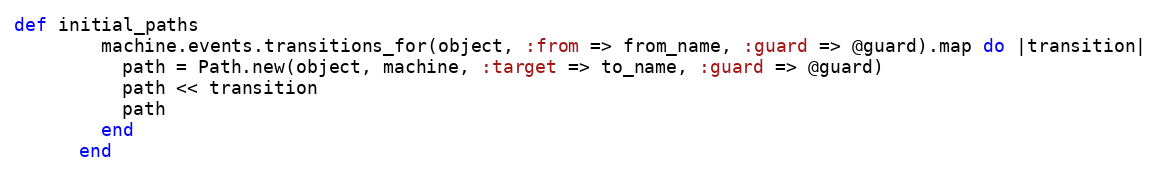
Language: Ruby
def initial_paths
        machine.events.transitions_for(object, :from => from_name, :guard => @guard).map do |transition|
          path = Path.new(object, machine, :target => to_name, :guard => @guard)
          path << transition
          path
        end
      end